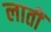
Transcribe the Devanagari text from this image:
लातीं